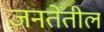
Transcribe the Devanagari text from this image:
जनतेतील